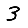
Digit: 3